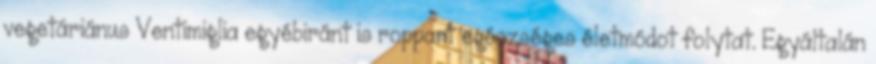
vegetáriánus Ventimiglia egyébiránt is roppant egészséges életmódot folytat. Egyáltalán